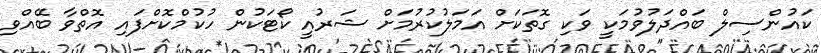
ކައުންސިލް ބައްދަލުވުމަކީ ވަކި ގޮތަކަށް އަމަލުކުރުމަށް ޝަރުއީ ކޯޓަކުން ހުކުމްކޮށްފައި އޮތްވާ ބޭއްވި